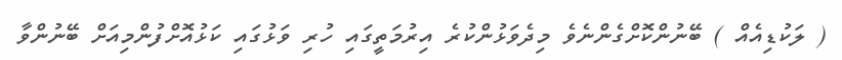
( ލަކުޑިއެއް ) ބޭނުންކޮށްގެންނެވެ މިދެވަޅުންކުރެ އިރުމަތީގައި ހުރި ވަޅުގައި ކަޅުއޮށްފުންމިއަށް ބޭނުންވާ